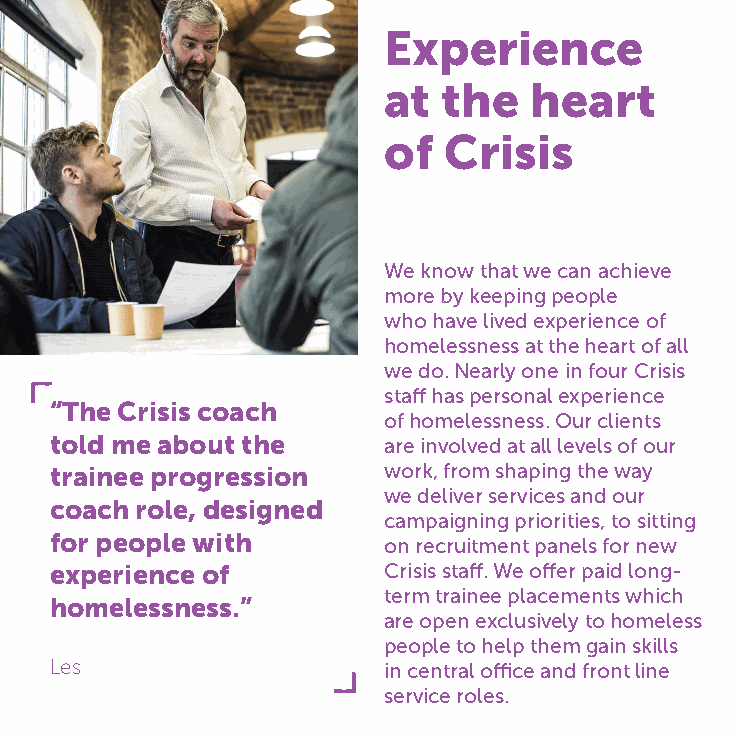
Experience
 at  the   heart
 of  Crisis
 We know that we can achieve
 more by keeping people
 who have lived experience of
 homelessness at the heart of all
 we do. Nearly one in four Crisis
 staff has personal experience
 “The Crisis coach
 of homelessness. Our clients
 told me about the     are involved at all levels of our
 trainee progression   work, from shaping the way
 we deliver services and our
 coach role, designed
 campaigning priorities, to sitting
 for people with
 on recruitment panels for new
 experience of         Crisis staff. We offer paid long-
 term trainee placements which
 homelessness.”
 are open exclusively to homeless
 people to help them gain skills
 Les                   in central office and front line
 service roles.